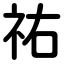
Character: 祐